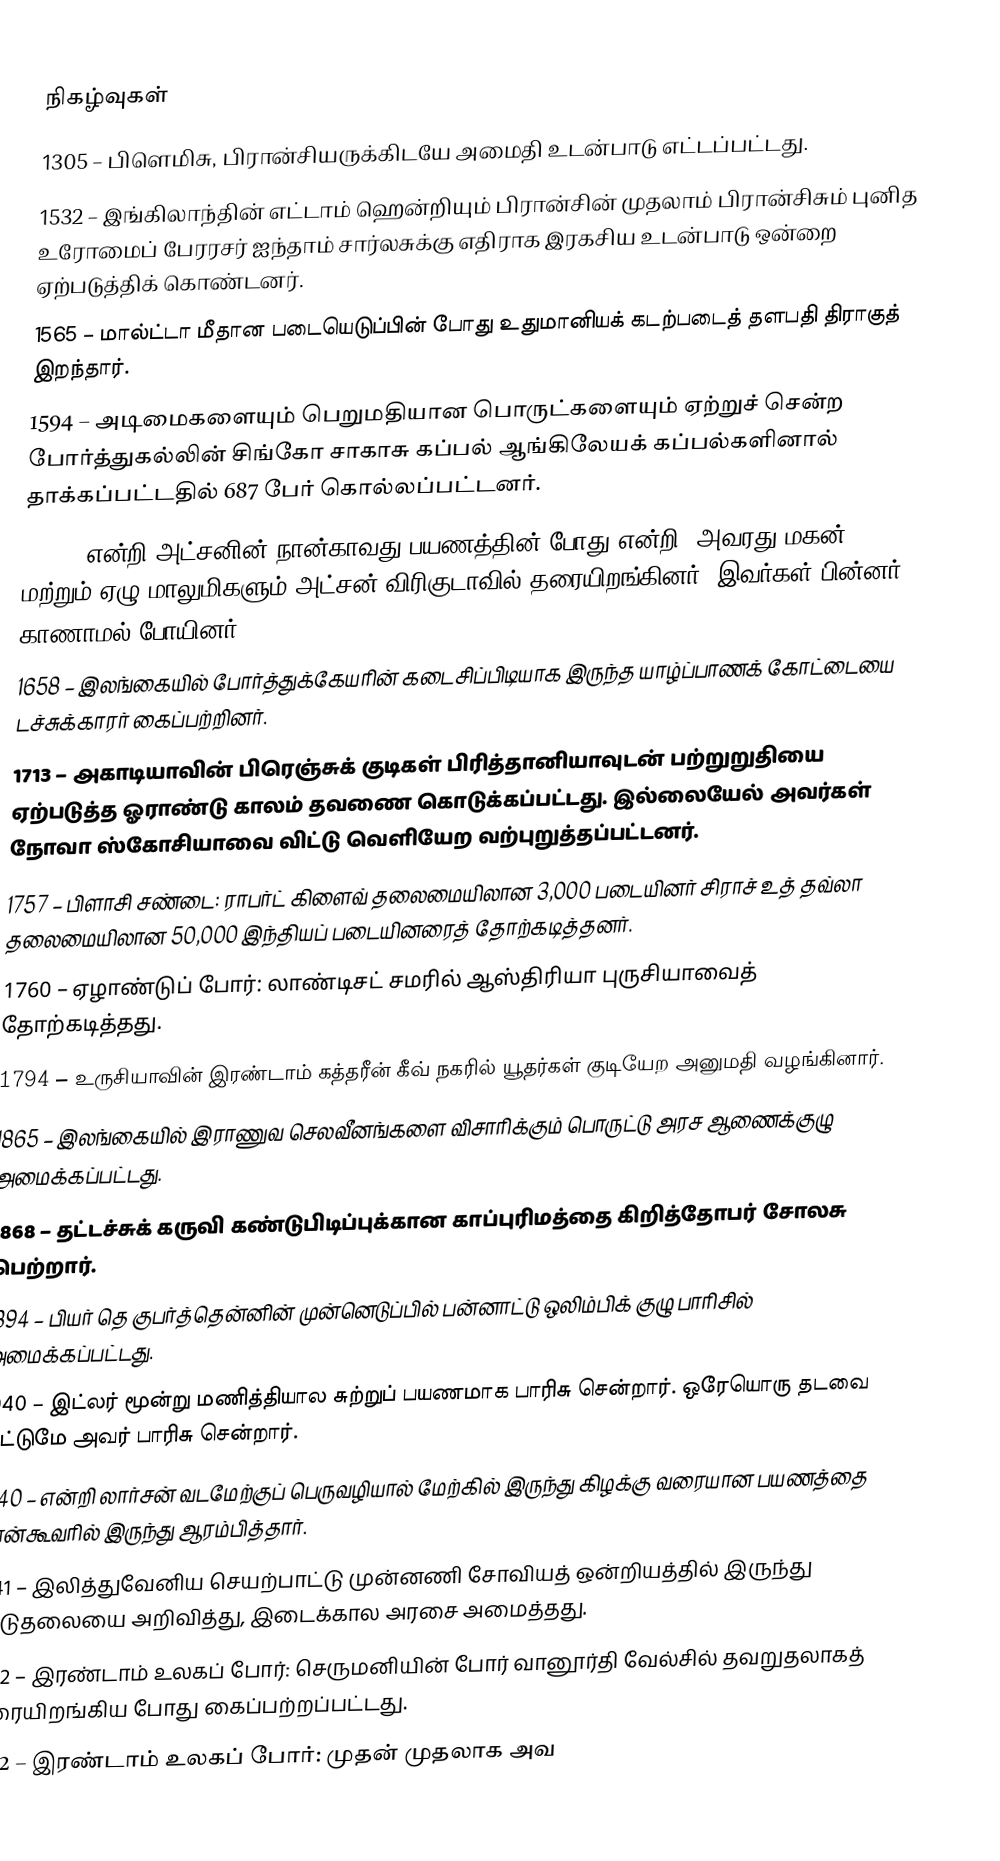

நிகழ்வுகள்
1305 – பிளெமிசு, பிரான்சியருக்கிடயே அமைதி உடன்பாடு எட்டப்பட்டது.
1532 – இங்கிலாந்தின் எட்டாம் ஹென்றியும் பிரான்சின் முதலாம் பிரான்சிசும் புனித உரோமைப் பேரரசர் ஐந்தாம் சார்லசுக்கு எதிராக இரகசிய உடன்பாடு ஒன்றை ஏற்படுத்திக் கொண்டனர்.
1565 – மால்ட்டா மீதான படையெடுப்பின் போது உதுமானியக் கடற்படைத் தளபதி திராகுத் இறந்தார்.
1594 – அடிமைகளையும் பெறுமதியான பொருட்களையும் ஏற்றுச் சென்ற போர்த்துகல்லின் சிங்கோ சாகாசு கப்பல் ஆங்கிலேயக் கப்பல்களினால் தாக்கப்பட்டதில் 687 பேர் கொல்லப்பட்டனர்.
1611 – என்றி அட்சனின் நான்காவது பயணத்தின் போது என்றி, அவரது மகன், மற்றும் ஏழு மாலுமிகளும் அட்சன் விரிகுடாவில் தரையிறங்கினர். இவர்கள் பின்னர் காணாமல் போயினர்.
1658 – இலங்கையில் போர்த்துக்கேயரின் கடைசிப்பிடியாக இருந்த யாழ்ப்பாணக் கோட்டையை டச்சுக்காரர் கைப்பற்றினர்.
1713 – அகாடியாவின் பிரெஞ்சுக் குடிகள் பிரித்தானியாவுடன் பற்றுறுதியை ஏற்படுத்த ஓராண்டு காலம் தவணை கொடுக்கப்பட்டது. இல்லையேல் அவர்கள் நோவா ஸ்கோசியாவை விட்டு வெளியேற வற்புறுத்தப்பட்டனர்.
1757 – பிளாசி சண்டை: ராபர்ட் கிளைவ் தலைமையிலான 3,000 படையினர் சிராச் உத் தவ்லா தலைமையிலான 50,000 இந்தியப் படையினரைத் தோற்கடித்தனர்.
1760 – ஏழாண்டுப் போர்: லாண்டிசட் சமரில் ஆஸ்திரியா புருசியாவைத் தோற்கடித்தது.
1794 – உருசியாவின் இரண்டாம் கத்தரீன் கீவ் நகரில் யூதர்கள் குடியேற அனுமதி வழங்கினார்.
1865 – இலங்கையில் இராணுவ செலவீனங்களை விசாரிக்கும் பொருட்டு அரச ஆணைக்குழு அமைக்கப்பட்டது.
1868 – தட்டச்சுக் கருவி கண்டுபிடிப்புக்கான காப்புரிமத்தை கிறித்தோபர் சோலசு பெற்றார்.
1894 – பியர் தெ குபர்த்தென்னின் முன்னெடுப்பில் பன்னாட்டு ஒலிம்பிக் குழு பாரிசில் அமைக்கப்பட்டது.
1940 – இட்லர் மூன்று மணித்தியால சுற்றுப் பயணமாக பாரிசு சென்றார். ஒரேயொரு தடவை மட்டுமே அவர் பாரிசு சென்றார்.
1940 – என்றி லார்சன் வடமேற்குப் பெருவழியால் மேற்கில் இருந்து கிழக்கு வரையான பயணத்தை வான்கூவரில் இருந்து ஆரம்பித்தார்.
1941 – இலித்துவேனிய செயற்பாட்டு முன்னணி சோவியத் ஒன்றியத்தில் இருந்து விடுதலையை அறிவித்து, இடைக்கால அரசை அமைத்தது.
1942 – இரண்டாம் உலகப் போர்: செருமனியின் போர் வானூர்தி வேல்சில் தவறுதலாகத் தரையிறங்கிய போது கைப்பற்றப்பட்டது.
1942 – இரண்டாம் உலகப் போர்: முதன் முதலாக அவ